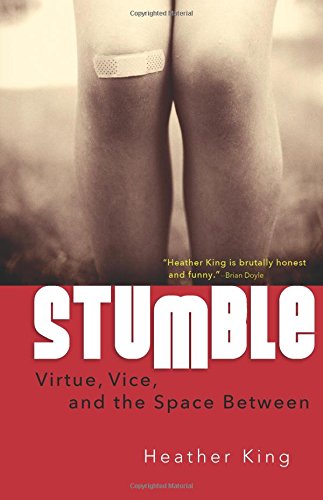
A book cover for Stumble: Virtue, Vice, and the Space Between; Heather King; Christian Books & Bibles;